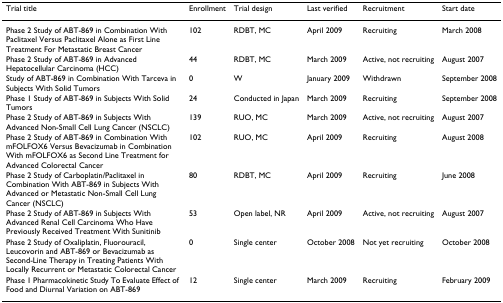
<table><thead><tr><td><b>Trial title</b></td><td><b>Enrollment</b></td><td><b>Trial design</b></td><td><b>Last verified</b></td><td><b>Recruitment</b></td><td><b>Start date</b></td></tr></thead><tbody><tr><td>Phase 2 Study of ABT-869 in Combination With Paclitaxel Versus Paclitaxel Alone as First Line Treatment For Metastatic Breast Cancer</td><td>102</td><td>RDBT, MC</td><td>April 2009</td><td>Recruiting</td><td>March 2008</td></tr><tr><td>Phase 2 Study of ABT-869 in Advanced Hepatocellular Carcinoma (HCC)</td><td>44</td><td>RDBT, MC</td><td>March 2009</td><td>Active, not recruiting</td><td>August 2007</td></tr><tr><td>Study of ABT-869 in Combination With Tarceva in Subjects With Solid Tumors</td><td>0</td><td>W</td><td>January 2009</td><td>Withdrawn</td><td>September 2008</td></tr><tr><td>Phase 1 Study of ABT-869 in Subjects With Solid Tumors</td><td>24</td><td>Conducted in Japan</td><td>March 2009</td><td>Recruiting</td><td>September 2008</td></tr><tr><td>Phase 2 Study of ABT-869 in Subjects With Advanced Non-Small Cell Lung Cancer (NSCLC)</td><td>139</td><td>RUO, MC</td><td>March 2009</td><td>Active, not recruiting</td><td>August 2007</td></tr><tr><td>Phase 2 Study of ABT-869 in Combination With mFOLFOX6 Versus Bevacizumab in Combination With mFOLFOX6 as Second Line Treatment for Advanced Colorectal Cancer</td><td>102</td><td>RUO, MC</td><td>April 2009</td><td>Recruiting</td><td>August 2008</td></tr><tr><td>Phase 2 Study of Carboplatin/Paclitaxel in Combination With ABT-869 in Subjects With Advanced or Metastatic Non-Small Cell Lung Cancer (NSCLC)</td><td>80</td><td>RDBT, MC</td><td>April 2009</td><td>Recruiting</td><td>June 2008</td></tr><tr><td>Phase 2 Study of ABT-869 in Subjects With Advanced Renal Cell Carcinoma Who Have Previously Received Treatment With Sunitinib</td><td>53</td><td>Open label, NR</td><td>April 2009</td><td>Active, not recruiting</td><td>August 2007</td></tr><tr><td>Phase 2 Study of Oxaliplatin, Fluorouracil, Leucovorin and ABT-869 or Bevacizumab as Second-Line Therapy in Treating Patients With Locally Recurrent or Metastatic Colorectal Cancer</td><td>0</td><td>Single center</td><td>October 2008</td><td>Not yet recruiting</td><td>October 2008</td></tr><tr><td>Phase 1 Pharmacokinetic Study To Evaluate Effect of Food and Diurnal Variation on ABT-869</td><td>12</td><td>Single center</td><td>March 2009</td><td>Recruiting</td><td>February 2009</td></tr></tbody></table>